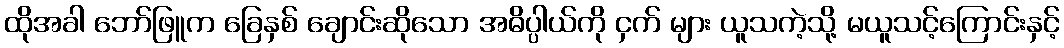
ထိုအခါ ဘော်ဖြူက ခြေနှစ် ချောင်းဆိုသော အဓိပ္ပါယ်ကို ငှက် များ ယူသကဲ့သို့ မယူသင့်ကြောင်းနှင့်